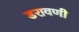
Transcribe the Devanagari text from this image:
डरावणी